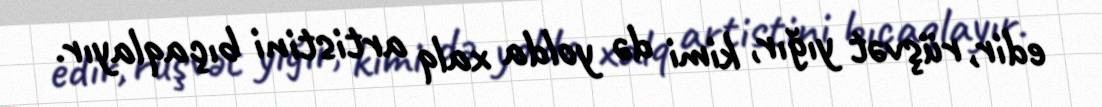
edir, rüşvət yığır, kimi də yolda xalq artistini bıçaqlayır.